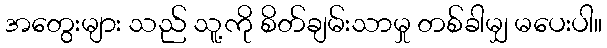
အတွေးများ သည် သူ့ကို စိတ်ချမ်းသာမှု တစ်ခါမျှ မပေးပါ။